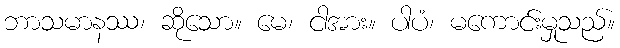
ဘာသမာနဿ၊ ဆိုသော။ မေ၊ ငါအား။ ပါပံ၊ မကောင်းမှုသည်။